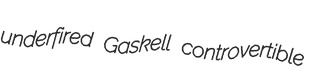
underfired Gaskell controvertible